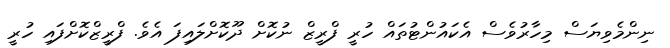
ނިންމެވިޔަސް މިހާރުވެސް އެކައުންޓުތައް ހުރީ ފްރީޒް ނުކޮށް ދޫކޮށްލައިފަ އެވެ. ފްރީޒްކޮށްފައި ހުރީ